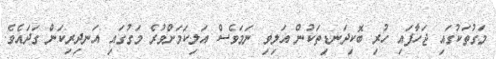
މަގުތަކުގައި ޖަހާފައި ހުރި ބޮކިދަނޑިތަކުން އަލިވި ނަމަވެސް އަލިކަމަށްވުރެ މަގުގައި އަނދިރިކަން ގަދައެވެ.